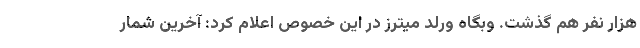
هزار نفر هم گذشت. وبگاه وُرلد میترز در این خصوص اعلام کرد: آخرین شمار